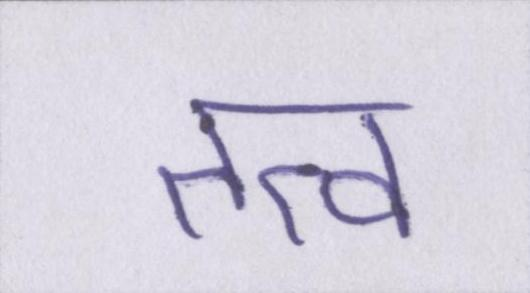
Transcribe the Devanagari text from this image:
तत्व